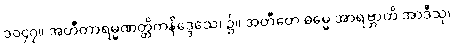
၁၀၄၇။ အတီတာရမ္မဏတ္တိကနိဒ္ဒေသေ၊ ၌။ အတီတေ ဓမ္မေ အာရဗ္ဘာတိ အာဒီသု၊